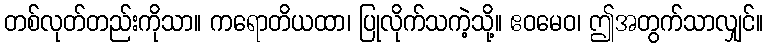
တစ်လုတ်တည်းကိုသာ။ ကရောတိယထာ၊ ပြုလိုက်သကဲ့သို့။ ဧဝမေဝ၊ ဤအတွက်သာလျှင်။